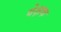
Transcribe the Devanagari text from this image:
वेक्षक